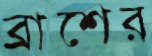
ব্রাশের